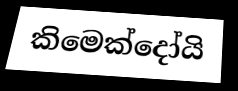
කිමෙක්දෝයි